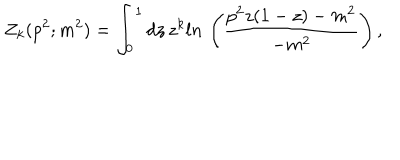
Z _ { k } ( p ^ { 2 } ; m ^ { 2 } ) = \int _ { 0 } ^ { 1 } d z \, z ^ { k } l n \, \left( { \frac { p ^ { 2 } z ( 1 - z ) - m ^ { 2 } } { - m ^ { 2 } } } \right) ,